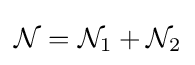
{\mathcal {N}}={\mathcal {N}}_{1}+{\mathcal {N}}_{2}